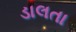
ડાલતા